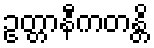
ဥတ္တာနီကတန္တိ